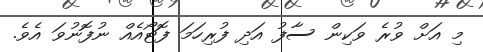
މި އަށް ވުރެ ވަކިން ސާފު އަދި ފުރިހަމަ ފޮޓޯއެއް ނުފޮނުވަ އެވެ.